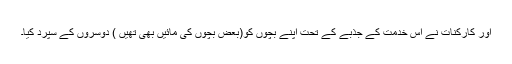
اور کارکنات نے اس خدمت کے جذبے کے تحت اپنے بچوں کو(بعض بچوں کی مائیں بھی تھیں ) دوسروں کے سپرد کیا۔